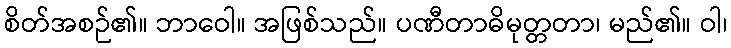
စိတ်အစဉ်၏။ ဘာဝေါ။ အဖြစ်သည်။ ပဏီတာဓိမုတ္တတာ၊ မည်၏။ ဝါ၊